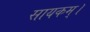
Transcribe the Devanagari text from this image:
सायकम्।